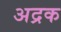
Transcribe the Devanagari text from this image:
अद्रक